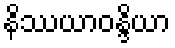
နိဿယာဝန္ဒိယာ